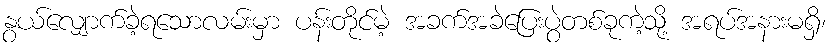
နွယ်လျှောက်ခဲ့ရသောလမ်းမှာ ပန်းတိုင်မဲ့ အခက်အခဲပြေးပွဲတစ်ခုကဲ့သို့ အရပ်အနားမရှိ၊